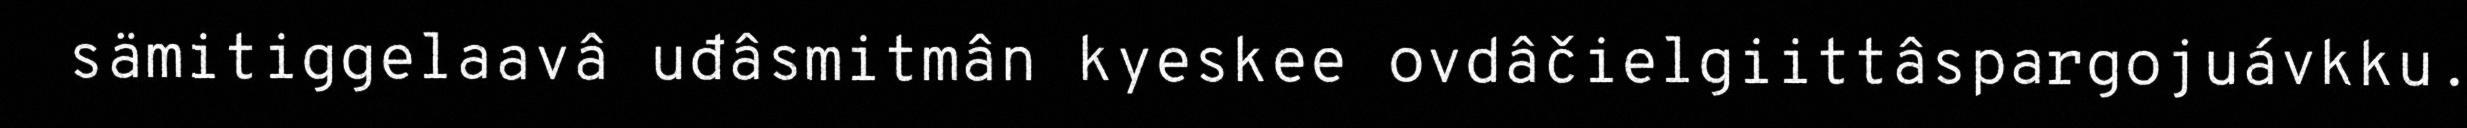
sämitiggelaavâ uđâsmitmân kyeskee ovdâčielgiittâspargojuávkku.